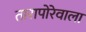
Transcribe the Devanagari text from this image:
तारापोरेवाला